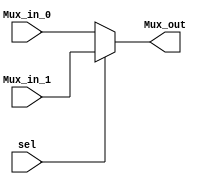
module Bits5_Mux(
    //output
    output [4:0]Mux_out,
    //input
    input [4:0]Mux_in_0,
    input [4:0]Mux_in_1,
    input sel
);

assign Mux_out = (sel)? Mux_in_1: Mux_in_0;
endmodule